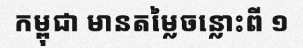
កម្ពុជា មានតម្លៃចន្លោះពី ១